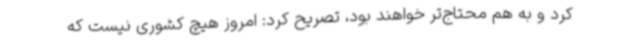
کرد و به هم محتاج‌تر خواهند بود، تصریح کرد: امروز هیچ کشوری نیست که